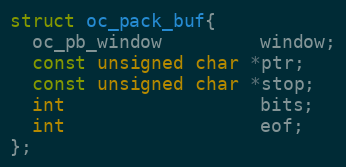
Language: C
struct oc_pack_buf{
  oc_pb_window         window;
  const unsigned char *ptr;
  const unsigned char *stop;
  int                  bits;
  int                  eof;
};